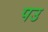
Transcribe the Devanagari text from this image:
पउ